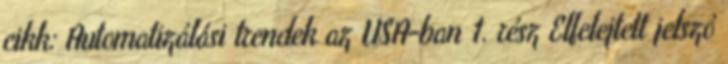
cikk: Automatizálási trendek az USA-ban 1. rész Elfelejtett jelszó